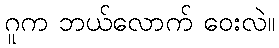
ဂူက ဘယ်လောက် ဝေးလဲ။